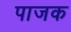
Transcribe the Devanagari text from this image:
पाजक